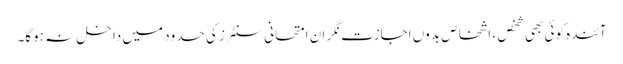
آئندہ کوئی بھی شخص ، اشخاص بدوں اجازت نگران امتحانی سنٹرز کی حدود میں داخل نہ ہوگا۔